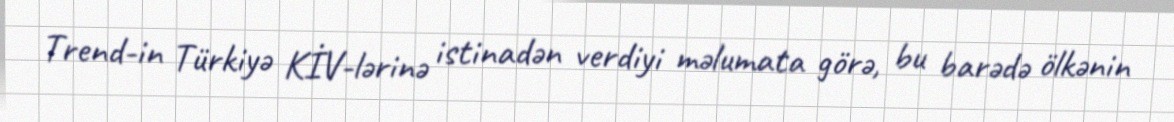
Trend-in Türkiyə KİV-lərinə istinadən verdiyi məlumata görə, bu barədə ölkənin